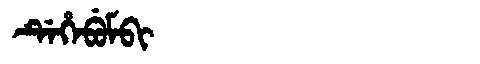
Manchu: ᡩᡝᡥᡝᠪᡠᠮᠪᡳ
Romanization: DEHEBUMBI